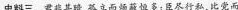
史料三 君非其暗，基立而频蔽恒多，臣尽行私，比党而